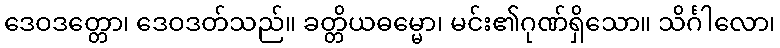
ဒေဝဒတ္တော၊ ဒေဝဒတ်သည်။ ခတ္တိယဓမ္မော၊ မင်း၏ဂုဏ်ရှိသော။ သိင်္ဂါလော၊